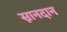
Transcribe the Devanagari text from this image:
स्नानदान